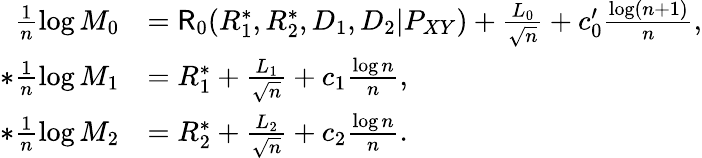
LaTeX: \begin{array}{rl}{\frac{1}{n}\log M_{0}}&{=\mathsf{R}_{0}(R_{1}^{*},R_{2}^{*},D_{1},D_{2}|P_{XY})+\frac{L_{0}}{\sqrt{n}}+c_{0}^{\prime}\frac{\log(n+1)}{n},}\\ {*\frac{1}{n}\log M_{1}}&{=R_{1}^{*}+\frac{L_{1}}{\sqrt{n}}+c_{1}\frac{\log n}{n},}\\ {*\frac{1}{n}\log M_{2}}&{=R_{2}^{*}+\frac{L_{2}}{\sqrt{n}}+c_{2}\frac{\log n}{n}.}\end{array}